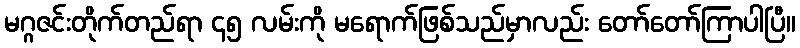
မဂ္ဂဇင်းတိုက်တည်ရာ ၄၅ လမ်းကို မရောက်ဖြစ်သည်မှာလည်း တော်တော်ကြာပါပြီ။